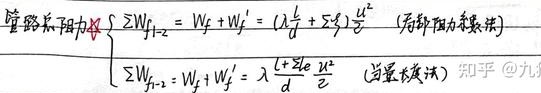
管路总阻力
$\left\{\begin{array}{l}\sum W_{f_{1 - 2}}=W_f + W_f'=(\lambda\frac{l}{d}+\sum \zeta)\frac{u^2}{2}\quad (\text{局部阻力系数法})\\\sum W_{f_{1 - 2}}=W_f + W_f'=\lambda\frac{l + \sum l_e}{d}\frac{u^2}{2}\quad (\text{当量长度法})\end{array}\right.$
知乎@九帆